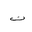
Letter: _ta